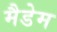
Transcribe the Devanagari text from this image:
मैडेम